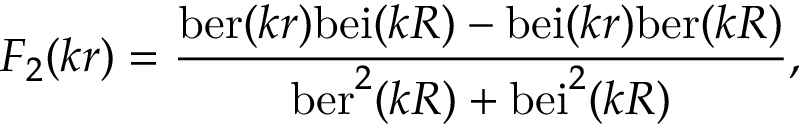
F _ { 2 } ( k r ) = { \frac { \mathrm { b e r } ( k r ) \mathrm { b e i } ( k R ) - \mathrm { b e i } ( k r ) \mathrm { b e r } ( k R ) } { \mathrm { b e r } ^ { 2 } ( k R ) + \mathrm { b e i } ^ { 2 } ( k R ) } } ,